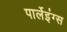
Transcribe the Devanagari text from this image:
पार्लेइंग्स